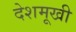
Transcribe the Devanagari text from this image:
देशमूखी